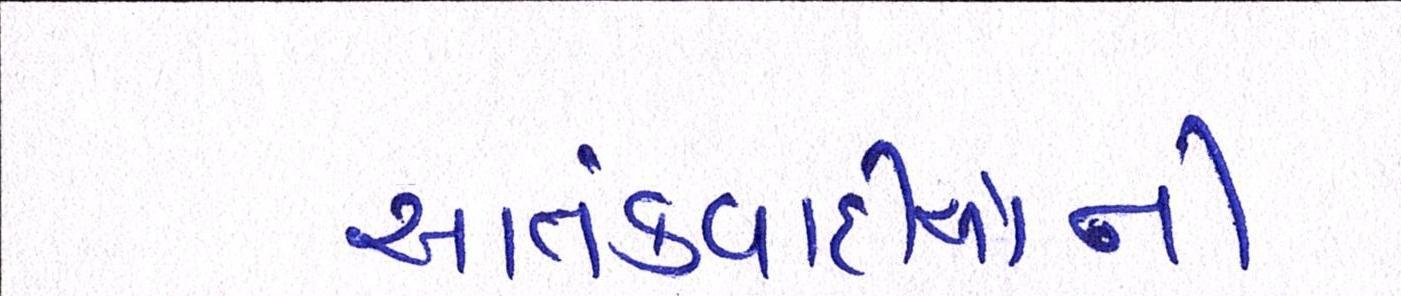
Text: આતંકવાદીઓની